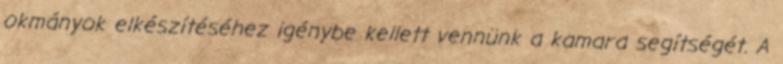
okmányok elkészítéséhez igénybe kellett vennünk a kamara segítségét. A